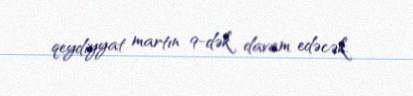
qeydiyyat martın 9-dək davam edəcək.